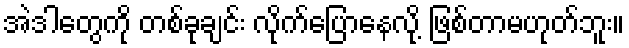
အဲဒါတွေကို တစ်ခုချင်း လိုက်ပြောနေလို့ ဖြစ်တာမဟုတ်ဘူး။